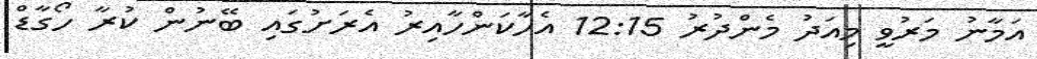
އަމާނު މަރުވީ މިއަދު މެންދުރު 12:15 އެހާކަންހާއިރު އެރަށުގައި ބޭނުން ކުރާ ހޯގާޑް